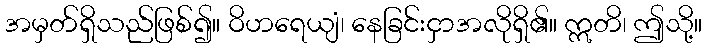
အမှတ်ရှိသည်ဖြစ်၍။ ဝိဟရေယျံ၊ နေခြင်းငှာအလိုရှိ၏။ ဣတိ၊ ဤသို့။